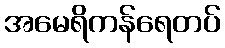
အမေရိကန်ရေတပ်